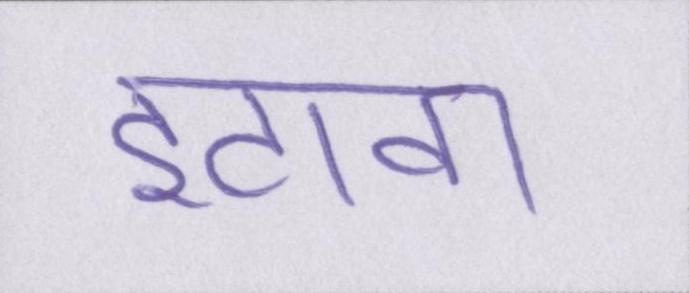
इटावा